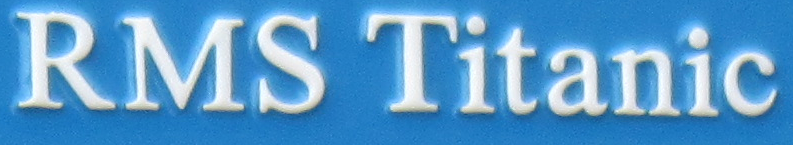
Rms Titanic